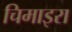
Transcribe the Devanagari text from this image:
चिमाइरा